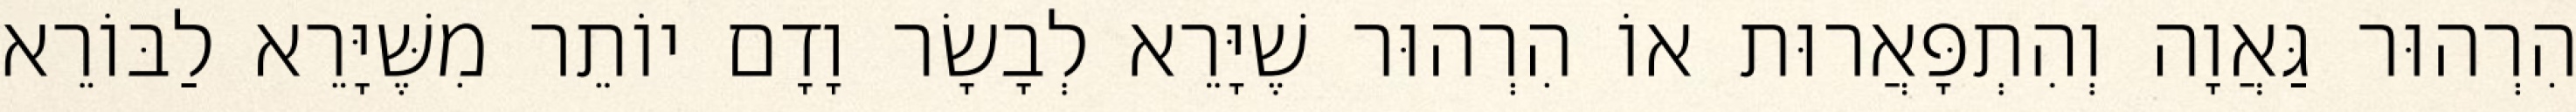
הִרְהוּר גַּאֲוָה וְהִתְפָּאֲרוּת אוֹ הִרְהוּר שֶׁיָּרֵא לְבָשָׂר וָדָם יוֹתֵר מִשֶּׁיָּרֵא לַבּוֹרֵא